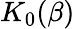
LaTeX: K_{0}(\beta)